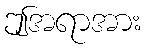
ဤအရာအား